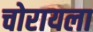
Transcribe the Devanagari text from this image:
चोरायला